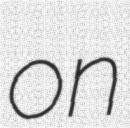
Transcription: on